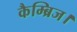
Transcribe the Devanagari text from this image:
कैम्ब्रिज।